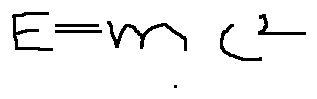
E = m c ^ { 2 }